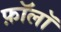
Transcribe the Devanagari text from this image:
फ़ॉलॉ